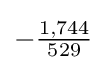
-{\tfrac {1,744}{529}}